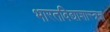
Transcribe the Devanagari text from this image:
भारतविद्याशास्त्रज्ञ